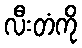
လီးတံကို